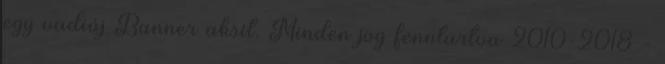
egy vadiúj Banner aksit. Minden jog fenntartva 2010-2018 -